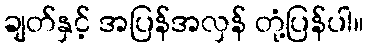
ချတ်နှင့် အပြန်အလှန် တုံ့ပြန်ပါ။